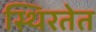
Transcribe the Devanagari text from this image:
स्थिरतेत